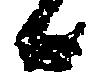
候